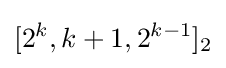
[2^{k},k+1,2^{k-1}]_{2}